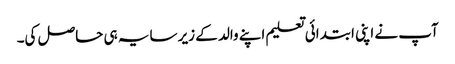
آپ نے اپنی ابتدائی تعلیم اپنے والد کے زیر سایہ ہی حاصل کی۔